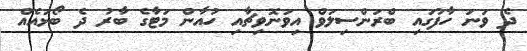
ދެ ވަނަ ހާފުގައި ބްރަންސިލަވް އިވަނޮވިޗާއި ހުއާން މަޓާގެ ބާރު ދެ ބޯޅައެއް